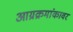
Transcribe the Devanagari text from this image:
आग्रक्रमांकावर